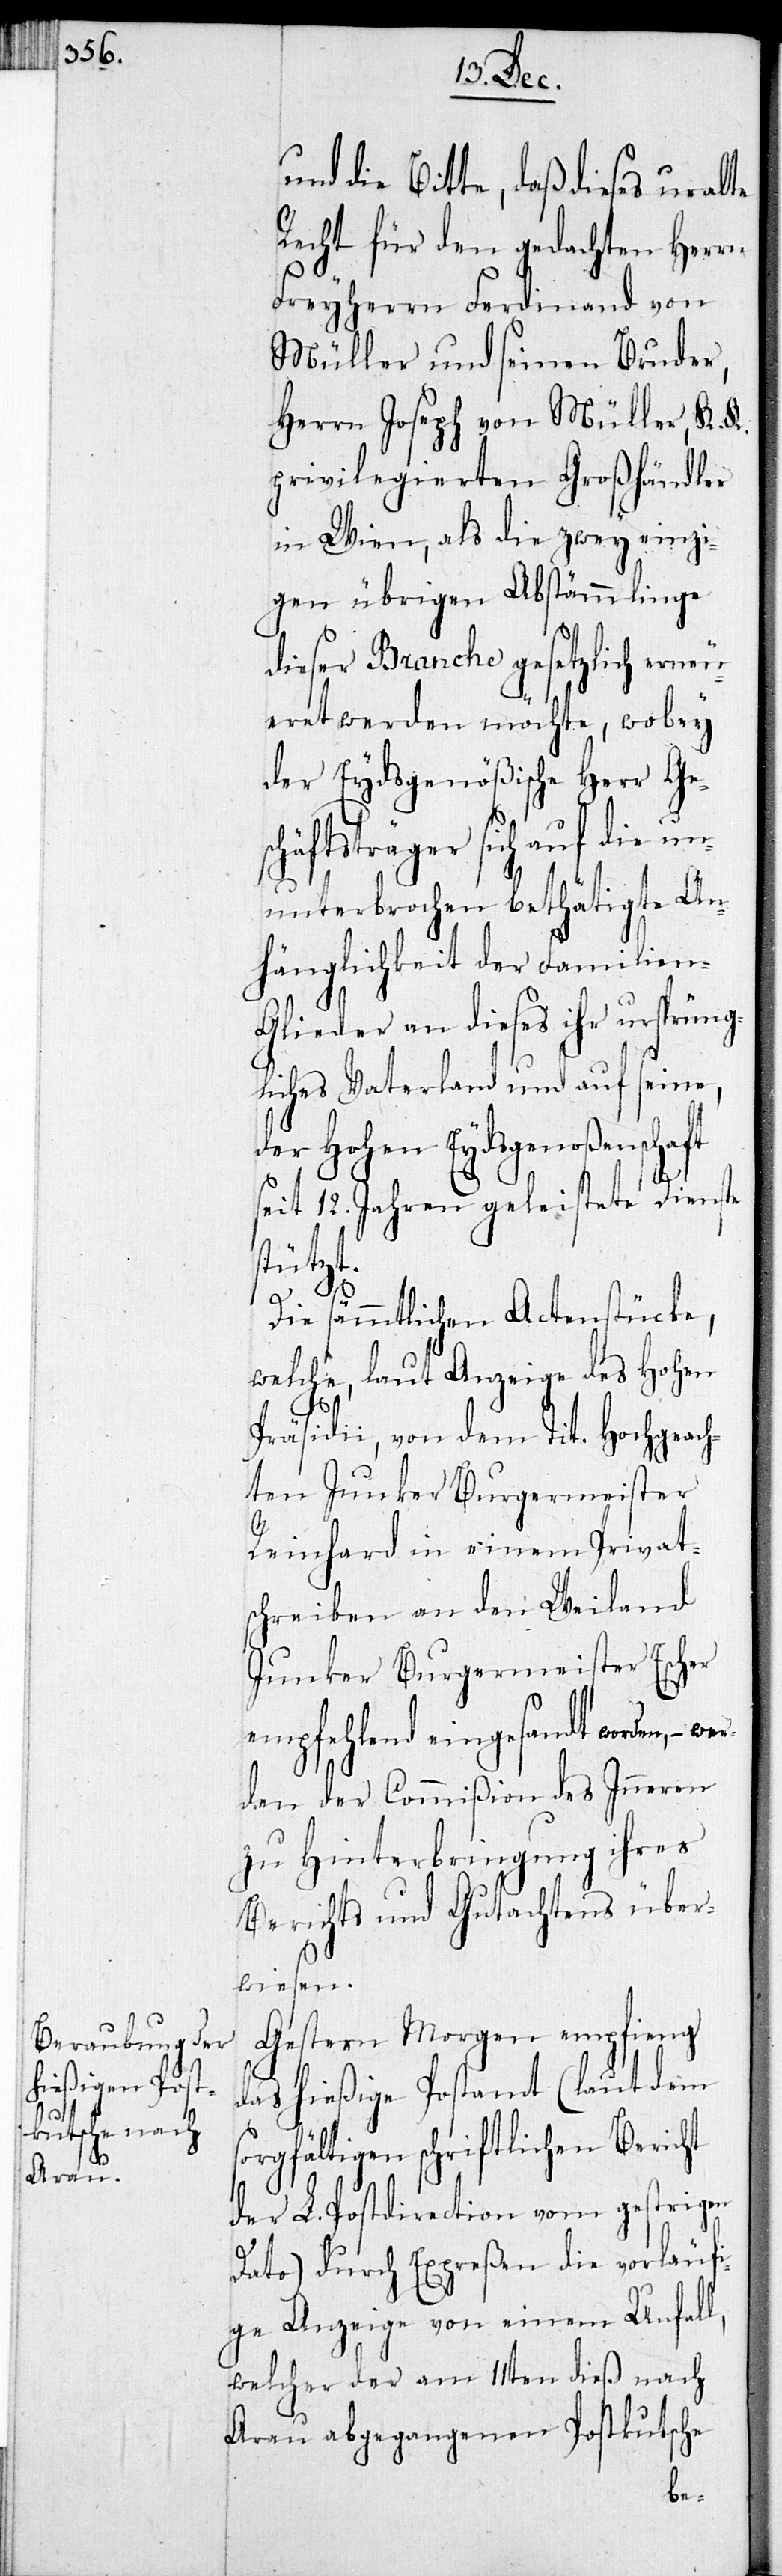
und die Bitte, daß dieses uralte
Recht für den gedachten Herrn
Freyherrn Ferdinand von
Müller und seinen Bruder,
Herrn Joseph von Müller, K. K.
privilegierten Großhändler
in Wien, als die zwey einzi¬
gen übrigen Abstämmlinge
dieser Branche gesetzlich erneu¬
eret werden möchte, wobey
der Eydsgenößische Herr Ges¬
chäftsträger sich auf die un¬
unterbrochen bethätigte An¬
hänglichkeit der Familien-G¬
lieder an dieses ihr ursprüng¬
liches Vaterland und auf seine,
der Hohen Eydsgenoßenschaft
seit 12. Jahren geleistete Dienst
stützt.
wer¬
Die sämmtlichen Actenstücke,
welche, laut Anzeige des Hohen
Präsidii, von dem Tit. Hochgeac¬
hten Junker Burgermeister
Reinhard in einem Privat¬
schreiben an den Weiland
Junker Burgermeister Escher
empfehlend eingesandt worden, –
den der Commißion des Inneren
zu Hinterbringung ihres
Berichts und Gutachtens über¬
wiesen.
Gestern Morgen empfieng
das hießige Postamt (laut dem
sorgfältigen schriftlichen Bericht
der L. Postdirection vom gestrigen
Dato) durch Expreßen die vorläufi¬
ge Anzeige von einem Unfall,
welcher der am 11ten dieß nach
Aarau abgegangenen Postkutsche